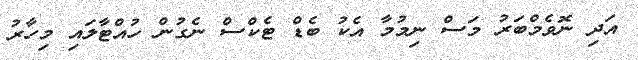
އަދި ނޮވެމްބަރު މަސް ނިމުމާ އެކު ބެޑް ޓެކްސް ނެގުން ހުއްޓާލައި މިހާރު